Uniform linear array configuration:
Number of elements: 12
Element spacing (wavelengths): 0.75
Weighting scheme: uniform
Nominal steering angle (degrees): -15
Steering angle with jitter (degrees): -14.263
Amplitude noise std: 0.05
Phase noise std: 0.05

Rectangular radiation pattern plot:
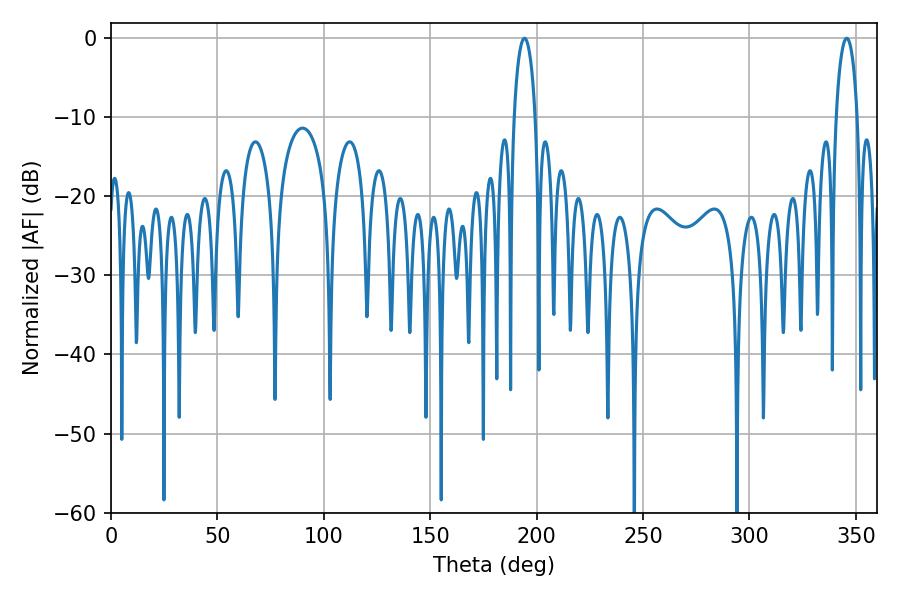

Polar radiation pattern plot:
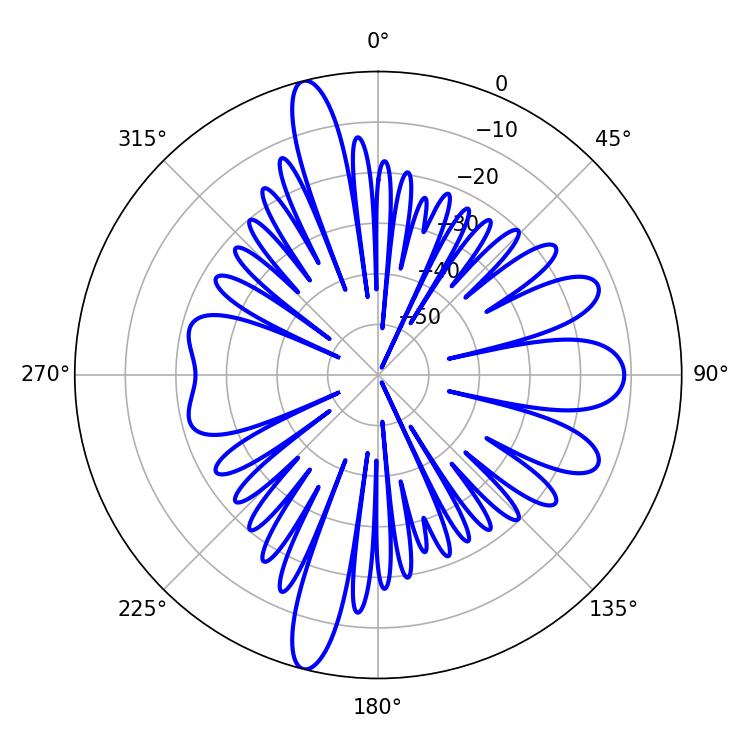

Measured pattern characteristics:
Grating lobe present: TRUE
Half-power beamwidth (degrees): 5.58
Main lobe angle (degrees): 194.22